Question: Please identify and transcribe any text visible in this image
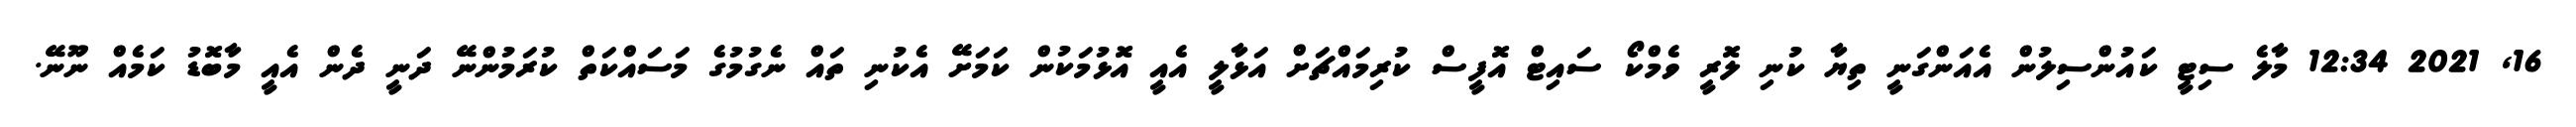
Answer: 16, 2021 12:34 މާލެ ސިޓީ ކައުންސިލުން އެއަންގަނީ ތިޔާ ކުނި ލޮރީ ވެމްކޯ ސައިޓް އޮފީސް ކުރިމައްޗަށް އަޅާލީ އެއީ އޮޅުމަކުން ކަމަށޭ އެކުނި ތައް ނެގުމުގެ މަސައްކަތް ކުރަމުންނޭ ދަނީ ދެން އެއީ މާބޮޑު ކަމެއް ނޫނޭ.